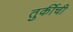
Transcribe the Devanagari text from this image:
तुर्कीची